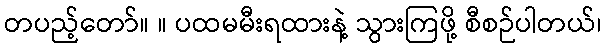
တပည့်တော်။ ။ ပထမမီးရထားနဲ့ သွားကြဖို့ စီစဉ်ပါတယ်၊